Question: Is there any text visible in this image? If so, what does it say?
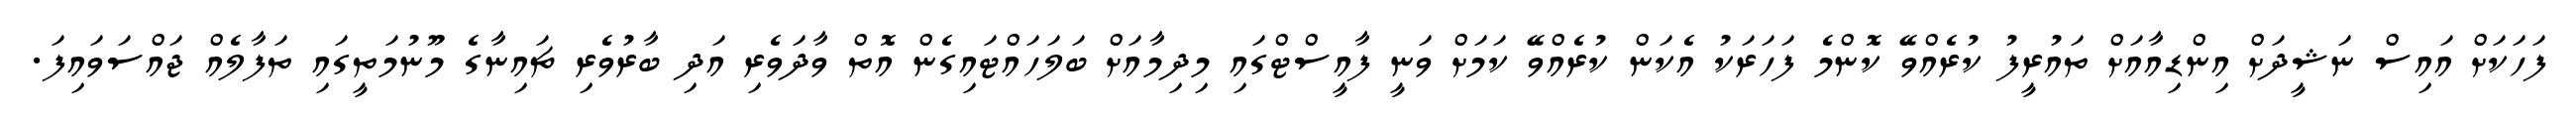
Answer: ފަހަކަށް އައިސް ނަޝީދަށް އިންޑިއާއަށް ތައުރީފު ކުރެއްވޭ ކޮންމެ ފަހަރަކު އެކަން ކުރެއްވޭ ކަމަށް ވަނީ ފާއީސްޓްގައި މިދިމާއަށް ބަލަހައްޓައިގެން އޮތް ވާދަވެރި އަދި ބާރުވެރި ޗައިނާގެ މޫނުމަތީގައި ތަފާލެއް ޖައްސަވައިފަ.